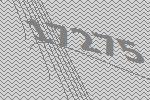
17275